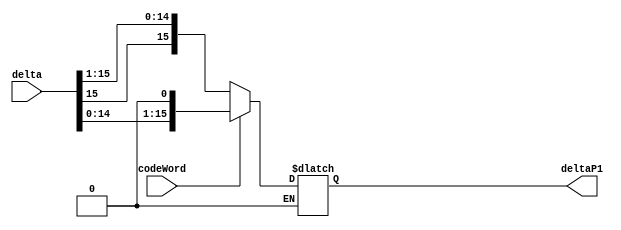
`timescale 1ns / 1ps
//////////////////////////////////////////////////////////////////////////////////
// Company: 
// Engineer: 
// 
// Design Name: 
// Module Name: DELTA_PLUS
// Project Name: 
// Target Devices: 
// Tool Versions: 
// Description: 
// 
// Dependencies: 
// 
// Revision:
// Revision 0.01 - File Created
// Additional Comments:
// 
//////////////////////////////////////////////////////////////////////////////////
module DELTA_PLUS #(parameter WLI = 1, WLF = 15, WL = WLI + WLF)(
    input signed [WL-1:0] delta,
    input codeWord,
    output reg signed [WL-1:0] deltaP1
    );
    wire [WL-1:0] deltaDiv, deltaMult;
    assign deltaDiv = delta >>> 1;
    assign deltaMult = delta <<< 1;
    
    always @(*) begin
        if (codeWord == 'b0)
            deltaP1 = deltaDiv;
        else if (codeWord == 'b1) 
            deltaP1 = deltaMult;
    end
endmodule